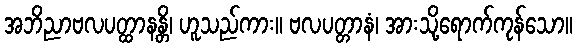
အဘိညာဗလပတ္ထာနန္တိ၊ ဟူသည်ကား။ ဗလပတ္တာနံ၊ အားသို့ရောက်ကုန်သော။